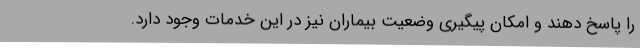
را پاسخ دهند و امکان پیگیری وضعیت بیماران نیز در این خدمات وجود دارد.